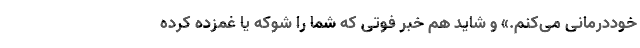
خوددرمانی می‌کنم.» و شاید هم خبر فوتی که شما را شوکه یا غمزده کرده